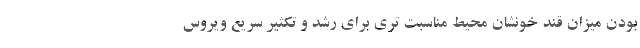
بودن میزان قند خونشان محیط مناسبت تری برای رشد و تکثیر سریع ویروس